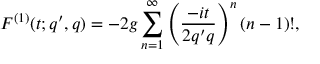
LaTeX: F ^ { ( 1 ) } ( t ; q ^ { \prime } , q ) = - 2 g \sum _ { n = 1 } ^ { \infty } \left( \frac { - i t } { 2 q ^ { \prime } q } \right) ^ { n } ( n - 1 ) ! ,